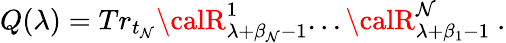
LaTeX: Q(\lambda)=Tr_{t_{\mathcal{N}}}{\calR}_{\lambda+\beta_{\mathcal{N}}-1}^{1}...{\calR}_{\lambda+\beta_{1}-1}^{\mathcal{N}}~.